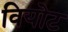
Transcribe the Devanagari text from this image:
वियोट